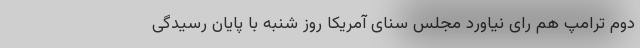
دوم ترامپ هم رای نیاورد مجلس سنای آمریکا روز شنبه با پایان رسیدگی